Lunatic asylums Punjab 1895-1910 - 1895-1910
Year: 1895
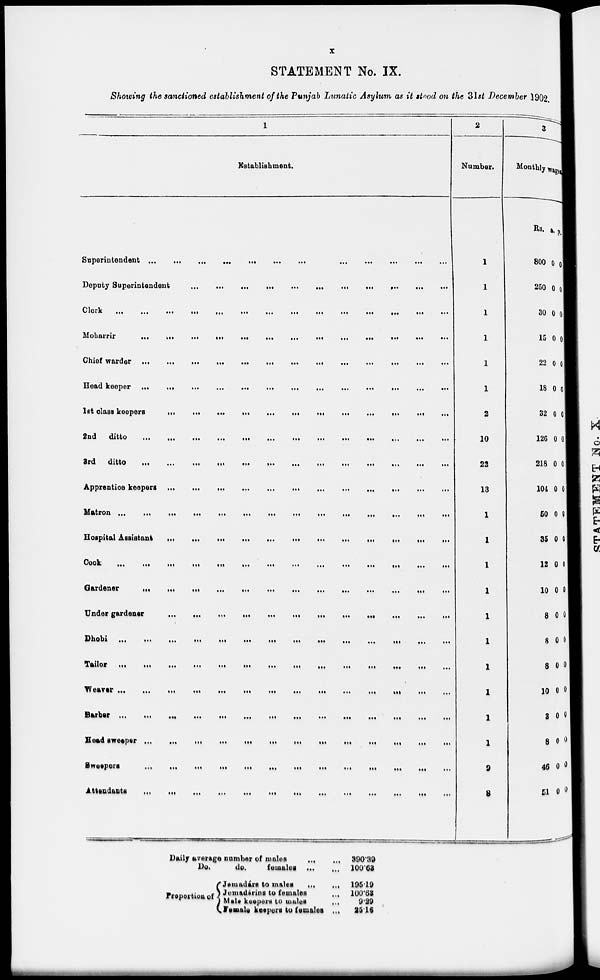
x
STATEMENT No. IX.
Showing the sanctioned establishment of the Punjab Lunatic Asylum as it stood on the 31st December 1902.
1
Establishment.
Superintendent ...
...
...
...
...
...
...
...
...
...
...
Deputy Superintendent
...
...
...
...
...
...
...
...
...
...
...
Clerk
...
...
...
...
...
...
...
...
...
...
...
Moharrir
...
...
...
...
...
...
...
...
...
...
...
Chief warder
...
...
...
...
...
...
...
...
...
...
...
Head Keeper
...
...
...
...
...
...
...
...
...
...
...
1st
class
keepers
...
...
...
...
...
...
...
...
...
...
...
2nd
ditto
...
...
...
...
...
...
...
...
...
...
...
3rd ditto ... ... ... ... ... ... ... ... ... ... ...
Apprentice keepers
...
...
...
...
...
...
...
...
...
...
...
Matron
...
...
...
...
...
...
...
...
...
...
...
Hospital
Assistant
...
...
...
...
...
...
...
...
...
...
...
Cook ... ... ... ... ... ... ... ... ... ... ...
Gardener ... ... ... ... ... ... ... ... ... ... ...
Under gardener
...
...
...
...
...
...
...
...
...
...
...
Dhobi ... ... ... ... ... ... ... ... ... ... ...
Tailor
...
...
...
...
...
...
...
...
...
...
Weaver ... ...
...
...
...
...
...
...
...
...
...
...
...
Barber
...
...
...
...
...
...
...
...
...
...
...
...
...
Head sweeper
...
...
...
...
...
...
...
...
...
...
...
Sweepers ... ... ... ... ... ... ... ... ... ... ...
Attendants ... ... ... ... ... ... ... ... ... ... ...
2
Number.
1
1
1
1
1
1
2
10
22
13
1
1
1
1
1
1
1
1
1
1
9
8
3
Monthly wages.
Rs.
800
250
30
15
22
18
32
126
218
104
50
35
12
10
8
8
8
10
3
8
46
51
a.
0
0
0
0
0
0
0
0
0
0
0
0
0
0
0
0
0
0
0
0
0
0
p.
0
0
0
0
0
0
0
0
0
0
0
0
0
0
0
0
0
0
0
0
0
0
Daily average number of males
...
...
Do.
do.
females
...
...
Proportion of
Jemadárs to males
...
...
Jemadáríns to females
...
Male keepers to males ...
Female keepers to females ...
390.39
100.63
195.19
100.63
9.29
25.16